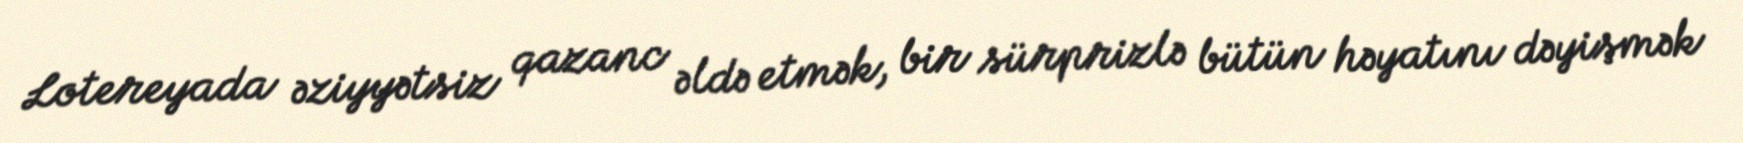
Lotereyada əziyyətsiz qazanc əldə etmək, bir sürprizlə bütün həyatını dəyişmək